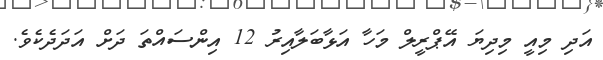
އަދި މިއީ މިދިޔަ އޭޕްރީލް މަހާ އަޅާބަލާއިރު 12 އިންސައްތަ ދަށް އަދަދެކެވެ.